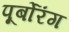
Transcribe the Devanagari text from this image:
पूर्बोरंग